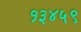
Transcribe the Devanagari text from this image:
१३४५९